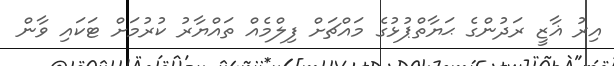
އިރު ޣާޒީ ރަދުންގެ ޙަޔާތްޕުޅުގެ މައްޗަށް ފިލްމެއް ތައްޔާރު ކުރުމަށް ޓަކައި ވާން